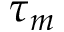
\tau _ { m }